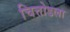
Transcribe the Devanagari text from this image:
चित्तोडला